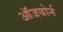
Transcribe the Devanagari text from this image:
ऑजबोर्न